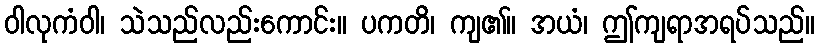
ဝါလုကံဝါ၊ သဲသည်လည်းကောင်း။ ပကတိ၊ ကျ၏။ အယံ၊ ဤကျရာအရပ်သည်။